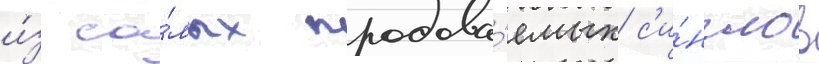
и́з са́мых продава́емых с'и́нглов